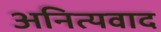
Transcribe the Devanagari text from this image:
अनित्यवाद